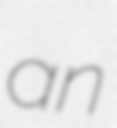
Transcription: an